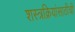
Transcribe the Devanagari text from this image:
शस्त्रक्रियांसाठीची